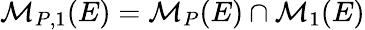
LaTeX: \mathcal{M}_{P,1}(E)=\mathcal{M}_{P}(E)\cap\mathcal{M}_{1}(E)